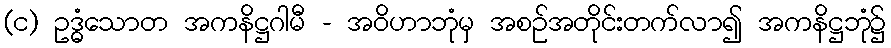
(င) ဥဒ္ဓံသောတ အကနိဋ္ဌဂါမီ - အဝိဟာဘုံမှ အစဉ်အတိုင်းတက်လာ၍ အကနိဋ္ဌဘုံ၌